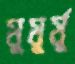
মুমূর্ষূ